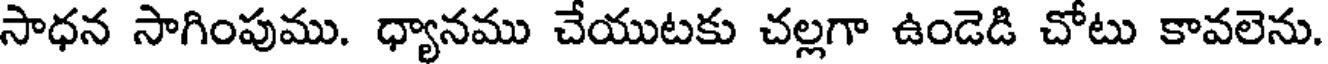
సాధన సాగింపుము. ధ్యానము చేయుటకు చల్లగా ఉండెడి చోటు కావలెను.